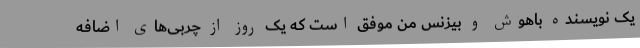
یک نویسنده باهوش و بیزنس‌ من موفق است که یک روز از چربی‌های اضافه